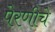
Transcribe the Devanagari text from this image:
पेरणीचे